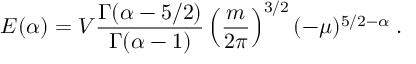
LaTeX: E ( \alpha ) = V \frac { \Gamma ( \alpha - 5 / 2 ) } { \Gamma ( \alpha - 1 ) } \left( \frac { m } { 2 \pi } \right) ^ { 3 / 2 } ( - \mu ) ^ { 5 / 2 - \alpha } \; .